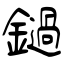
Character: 鐹